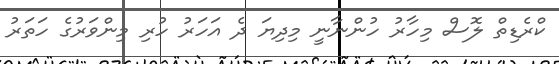
ކްރެޑިތް ލޮސް މިހާރު ހުންނާނީ މިދިޔަ ދެ އަހަރު ހުރި މިންވަރުގެ ހަތަރު